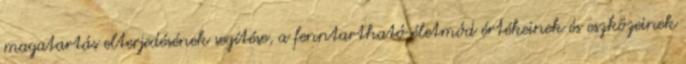
magatartás elterjedésének segítése, a fenntartható életmód értékeinek és eszközeinek